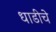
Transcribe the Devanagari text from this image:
धाडीचे